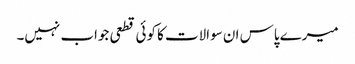
میرے پاس ان سوالات کا کوئی قطعی جواب نہیں۔